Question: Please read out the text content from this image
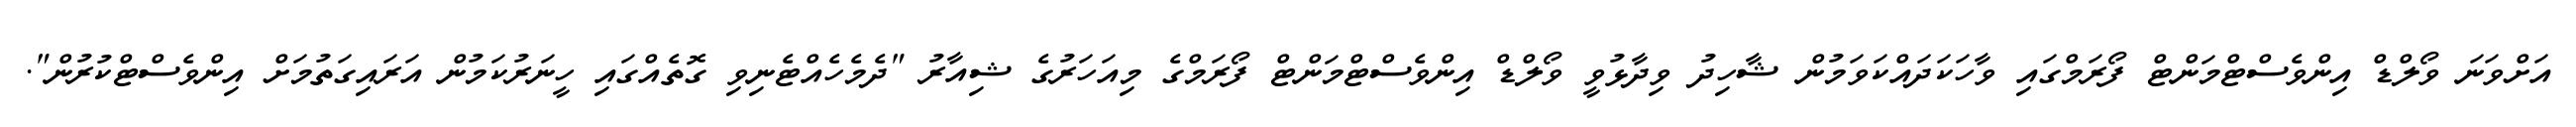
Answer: އަށްވަނަ ވޯލްޑް އިންވެސްޓްމަންޓް ފޯރަމްގައި ވާހަކަދައްކަވަމުން ޝާހިދު ވިދާޅުވީ ވޯލްޑް އިންވެސްޓްމަންޓް ފޯރަމްގެ މިއަހަރުގެ ޝިއާރު "ދެމެހެއްޓެނިވި ގޮތެއްގައި ހީނަރުކަމުން އަރައިގަތުމަށް އިންވެސްޓްކުރުން".